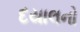
દયાલનો